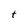
Character: t